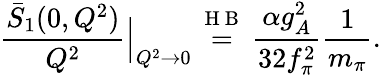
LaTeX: \frac{\bar{S}_{1}(0,Q^{2})}{Q^{2}}\Big\vert_{Q^{2}\rightarrow 0}\stackrel{\mathrm{~H~B~}}{=}\frac{\alpha g_{A}^{2}}{32f_{\pi}^{2}}\frac{1}{m_{\pi}}.